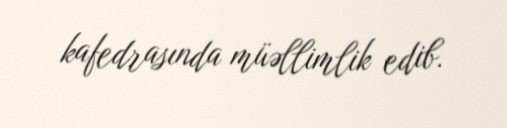
kafedrasında müəllimlik edib.